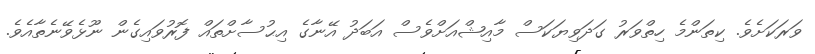
ވަރަކަށެވެ. ކިތަންމެ ހިތްވަރު ގަދަވިޔަކަސް މާއިޝްއަށްވެސް އަބަދު އޭނާގެ އިޙުސާށްތައް ފޮރުވައިގެން ނޫޅެވޭނެތާއެވެ.